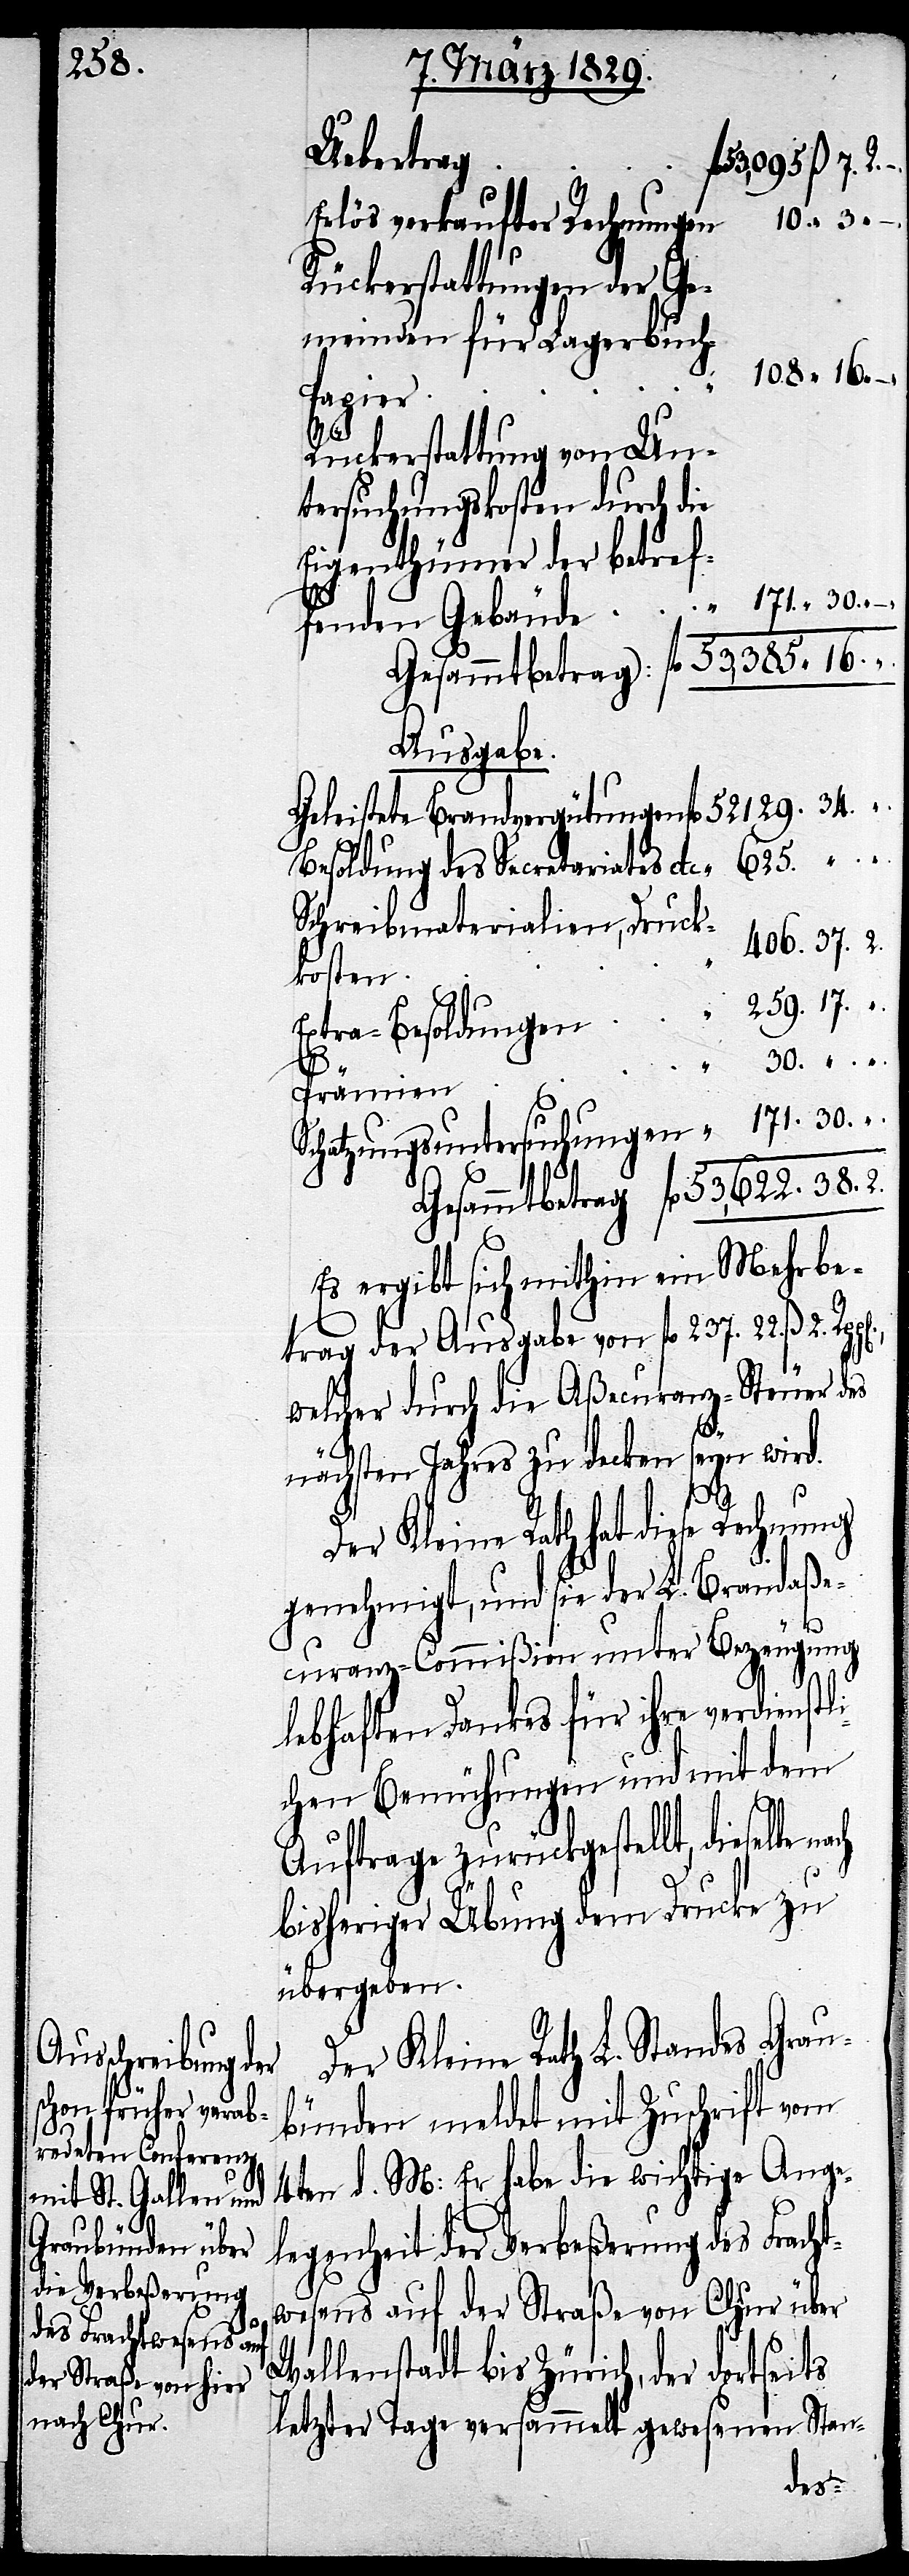
Uebertrag
53,095 ß. 7. R.–.
10.“ 3.
Erlös verkaufter Rechnungen
Rückerstattungen der Ge¬
meinden für Lagerbuch-P¬
108.“ 16.
.
rämien
Rückerstattung von Un¬
tersuchungskosten durch die
171.“ 30. “
fenden Gebäude “
Gesammtbetrag: fl. 53,385 “ 16. “ .
Ausgabe.
Geleistete Brandvergütungen fl. 52129. 34.
Besoldung des Secretariates etc. “ 625. “ .
Schreibmaterialien, Druck¬
406. 37. 2.
kosten
259. 17. “
.
Extra-Besoldungen
30. “
.
Schatzungsuntersuchungen “ 171. 30. “
Gesammtbetrag fl. 53,622. 38. 2.
Es ergibt sich mithin ein Mehrbe¬
trag der Ausgabe von fl. 237. 22. ß. 2.
welcher durch die Aßecuranz-Steuer des
nächsten Jahres zu decken seyn wird.
tli¬
Der Kleine Rath hat diese Rechnung
genehmigt, und sie der L. Brandaße¬
curanz-Commißion unter Bezeugung
lebhaften Dankes für ihre verdiens¬
chen Bemühungen und mit dem
Auftrage zurückgestellt, dieselbe
bisheriger Übung dem Drucke zu
übergeben.
Der Kleine Rath L. Standes Grau¬
bünden meldet mit Zuschrift vom
4ten d. M: Er habe die wichtige Ange¬
legenheit der Verbeßerung des Fracht¬
wesens auf der Straße von Chur über
Wallenstadt bis Zürich, der dortseits
letzter Tage versammelt gewesenen Stan-
der